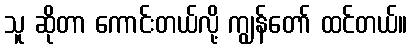
သူ ဆိုတာ ကောင်းတယ်လို့ ကျွန်တော် ထင်တယ်။